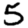
Digit: 5